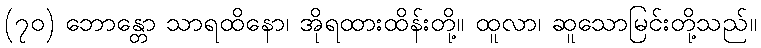
(၇၀) ဘောန္တော သာရထိနော၊ အိုရထားထိန်းတို့။ ထူလာ၊ ဆူသောမြင်းတို့သည်။